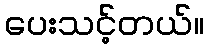
ပေးသင့်တယ်။